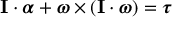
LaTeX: \mathbf { I } \cdot { \boldsymbol { \alpha } } + { \boldsymbol { \omega } } \times \left( \mathbf { I } \cdot { \boldsymbol { \omega } } \right) = { \boldsymbol { \tau } }